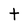
Character: t